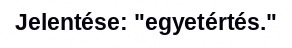
Jelentése: "egyetértés."